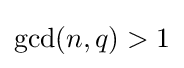
\mathrm {gcd} (n,q)>1